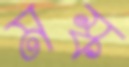
মস্ক